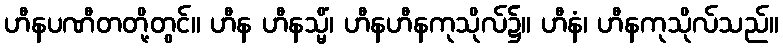
ဟီနပဏီတတို့တွင်။ ဟီန ဟီနသ္မိံ၊ ဟီနဟီနကုသိုလ်၌။ ဟီနံ၊ ဟီနကုသိုလ်သည်။